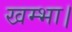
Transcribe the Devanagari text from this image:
खम्भा।